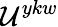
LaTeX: {{\mathcal{U}}^{ykw}}